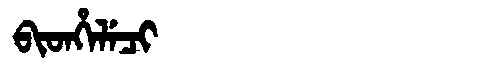
Manchu: ᠪᡳᡨᡥᡝᠯᡝᠴᡳ
Romanization: BITHELECI